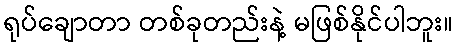
ရုပ်ချောတာ တစ်ခုတည်းနဲ့ မဖြစ်နိုင်ပါဘူး။